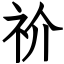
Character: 祄